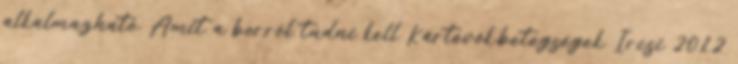
alkalmazható. Amit a borról tudni kell Kártevők,betegségek Ircsi 2012